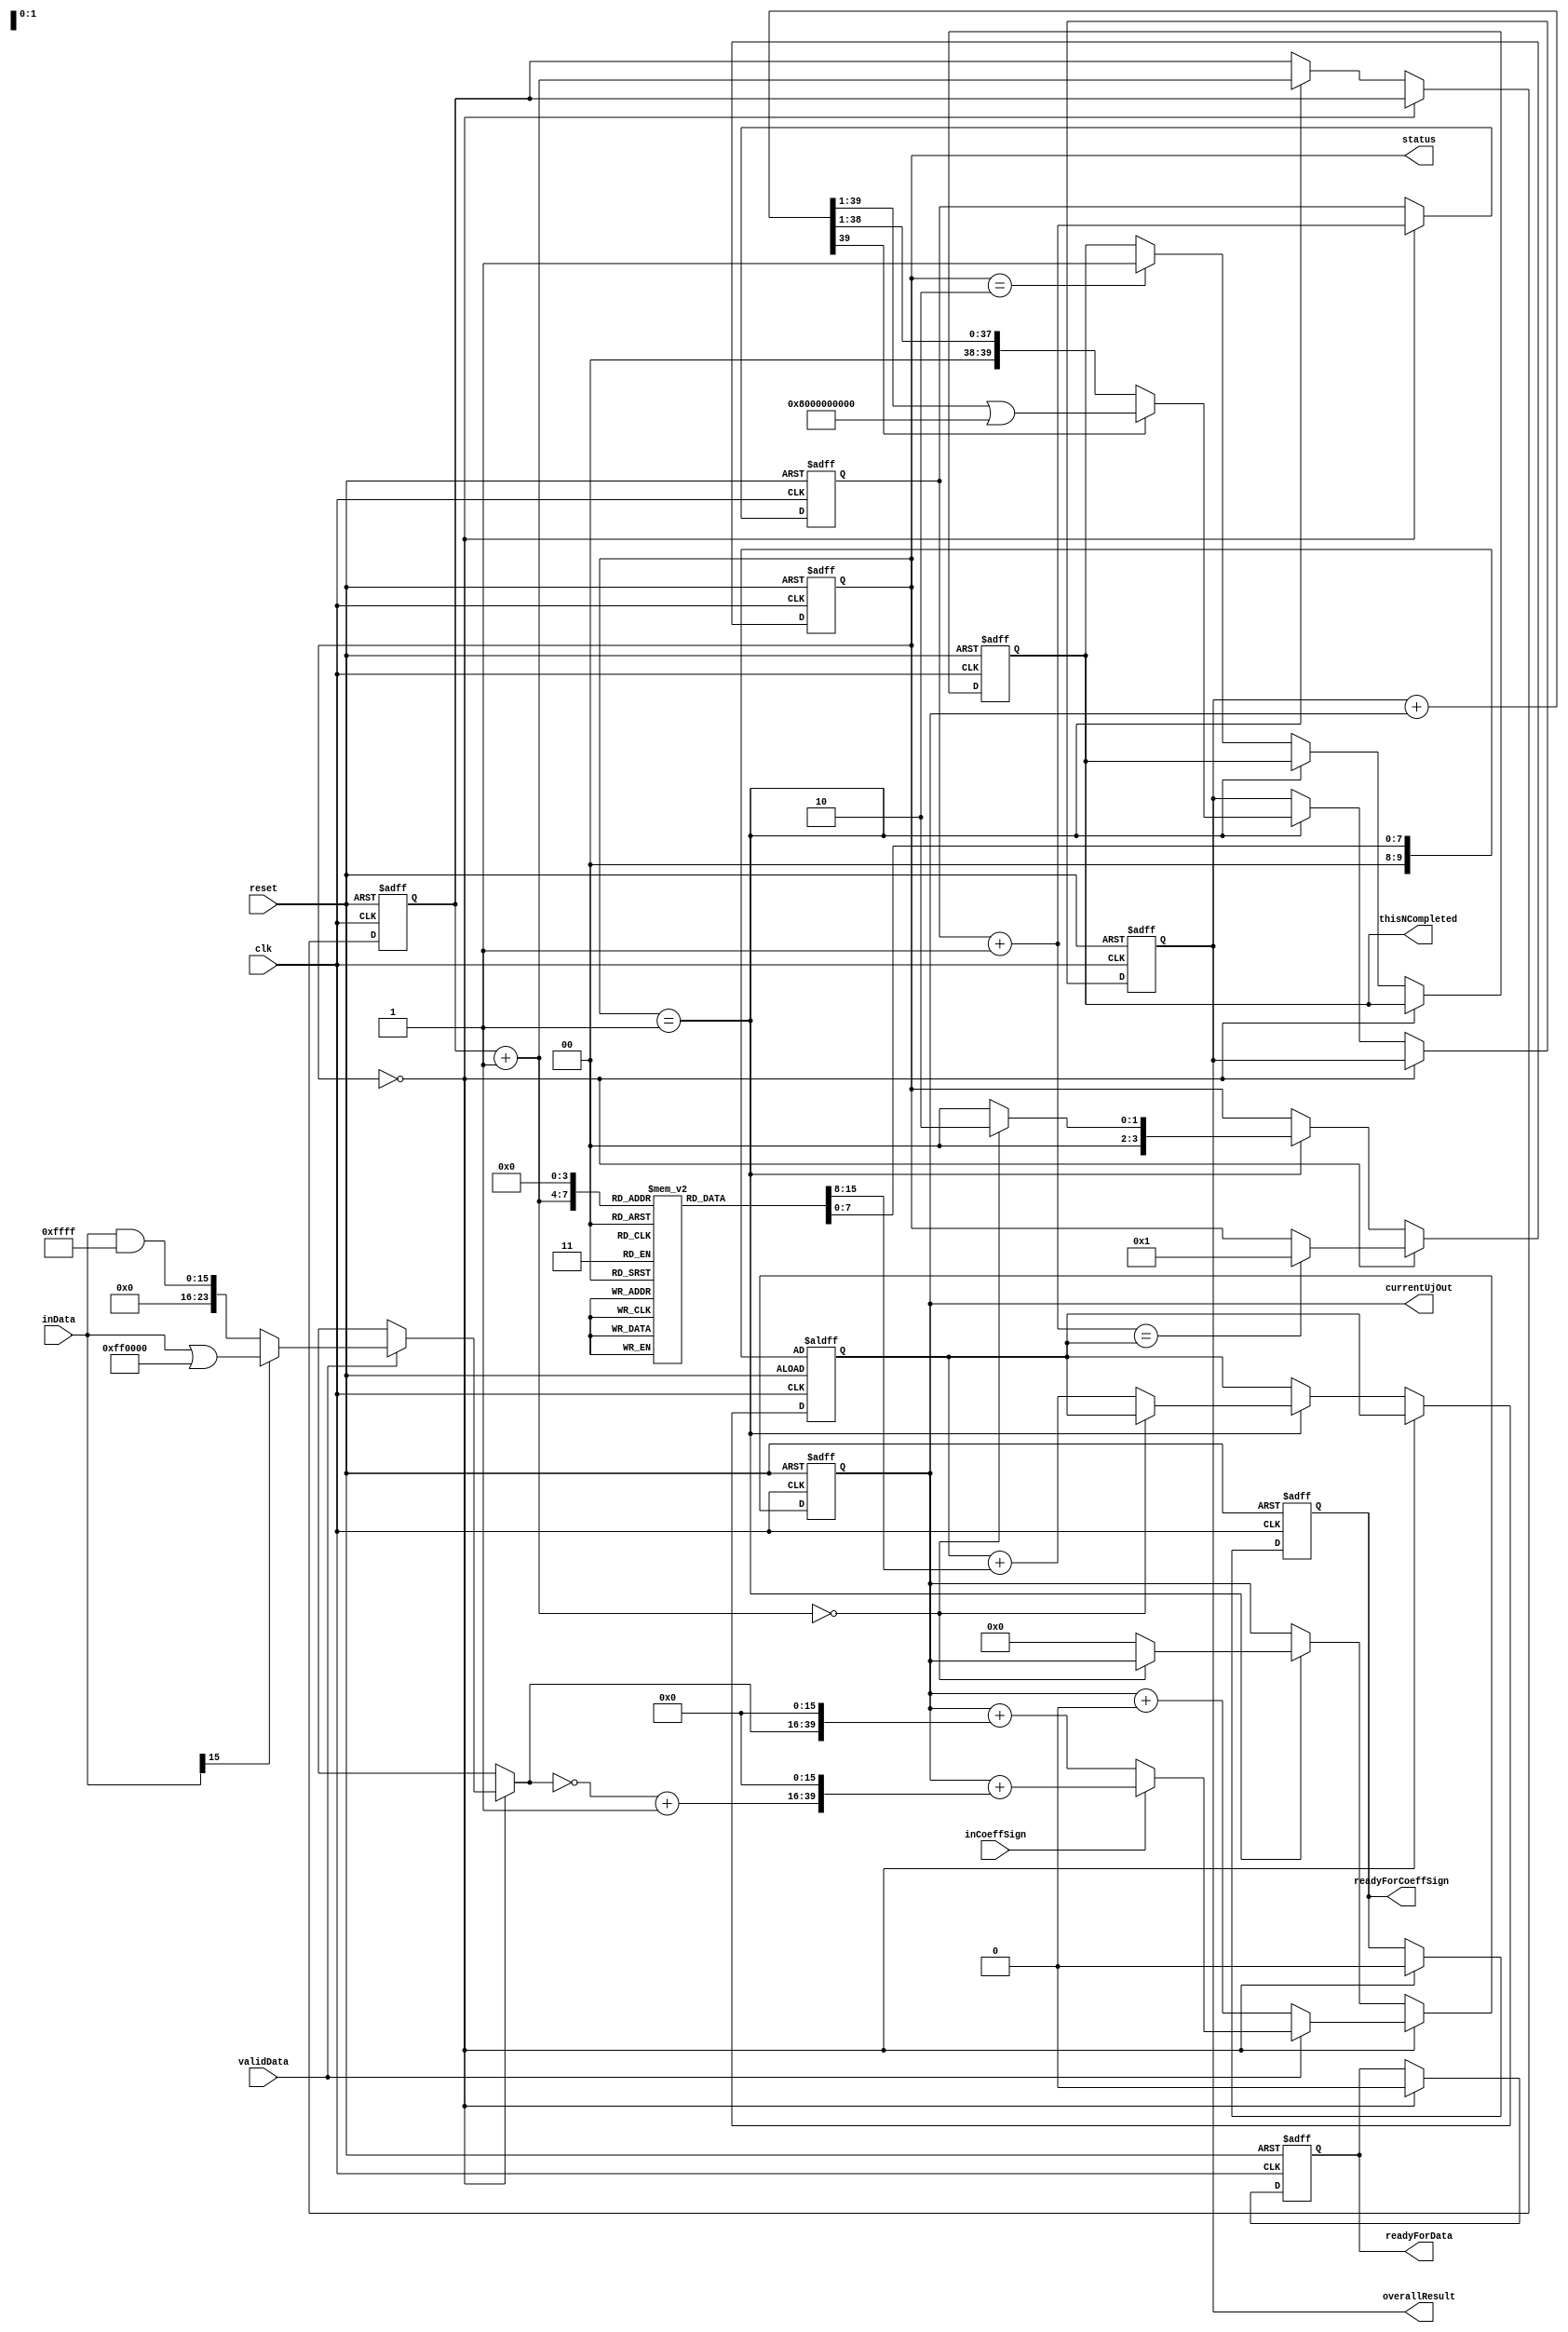
module MSDAP (clk,
	      reset,
              inData,
	      validData,
	      readyForData,
	      inCoeffSign,
	      readyForCoeffSign,
	      thisNCompleted,
              currentUjOut,
	      overallResult,
              status

	      );

	input wire reset;
	input wire clk;
	input wire [15:0] inData;
	input wire validData;
	output reg readyForData;
	input wire inCoeffSign;
	output reg readyForCoeffSign;
	output reg thisNCompleted;

	output reg [39:0] currentUjOut;
	output reg [39:0] overallResult;
	output reg [3:0] status;
	
	reg [9:0] endCoeffIndex;//In case of overflowing
  
	reg [39:0] processedData;
	reg [9:0] currentCoeffIndex;//In case of overflowing
	reg [3:0] currentRjIndex;
	
  reg RJ_SIZE = 4'd16;
	reg [7:0] rj [0:15];

	always@(posedge clk or posedge reset) begin//{
	  if(reset) begin//{
	    readyForData = 1'b0;
	    readyForCoeffSign = 1'b0;

	    thisNCompleted <= 0;
	    status <= 0;
	    currentCoeffIndex = 0;
	    currentRjIndex = 0;
	    endCoeffIndex = rj[0];//rj[] not in yet
	    //$display("endCoeffIndex is %h \\\\\\\\\\\\\\\\\\\\\\\\\\\\\\\\n", endCoeffIndex);
	    currentUjOut = 0;
	    overallResult = 0;
	  end//}end if reset
	  else begin//{
	    if(status==4'b0000) begin//{(calculateUj statge)
	      readyForData = 1'b1;
	      readyForCoeffSign = 1'b1;
	      #10; //1/4 CLK CYCLE
	      
	      if(!validData) begin//{
		currentUjOut = currentUjOut + 0;
	      end//}end if (!validData)
	      else begin//{validData == 1
		//$display("data input is %h.\\\\\\\\\\\\\\\\\\\\\\\\\\\\\\\\t", inData);
		//Bitextender24()
		if(inData[15]) begin//{inData[15] is sign bit of input data. Equal to 1 if negative
		    processedData = inData | 'hFF0000;
		end//}end if(inData[15])
		else begin//{
		    processedData = inData & 'h00FFFF;
		end//}end else begin (inData[15] chunk)
		//Extend to 40 bit and adjust with 2's complement()

		if(inCoeffSign == 1'b1) begin //{Coeffcient is negative
		  processedData = {((~processedData)+1), 16'h0000};
		  //$display("ProcessData is %h \\\\\\\\\\\\\\\\\\\\\\\\\\\\\\\\n",processedData);
		  currentUjOut = currentUjOut + processedData;
		end//}end inCoeffSign==1
		else begin//{
		  processedData = {processedData,16'h0000};
		  //$display("ProcessData is %h \\\\\\\\\\\\\\\\\\\\\\\\\\\\\\\\n",processedData);
		  currentUjOut = currentUjOut + processedData;
		end//}end else begin (inCoeffSign chunk)
		//$display("data input is %h.\\\\\\\\\\\\\\\\\\\\\\\\\\\\\\\\t CoeffSign is %h. \\\\\\\\\\\\\\\\\\\\\\\\\\\\\\\\t currentUjOut is %h \\\\\\\\\\\\\\\\\\\\\\\\\\\\\\\\n", inData, inCoeffSign, currentUjOut);
	      end//} end else begin (!validData chunk)

	      
	      //$display("Just finished with coefficient %d. \\\\\\\\\\\\\\\\\\\\\\\\\\\\\\\\n", currentCoeffIndex);
	      readyForCoeffSign = 1'b0;//pulse to ensure new data is in at next stage
	      readyForData = 1'b0;
	      #5;//1/8 CLK CYCLE
	      currentCoeffIndex = currentCoeffIndex + 1;
	      if(currentCoeffIndex == endCoeffIndex) begin//{
		status = 4'b0001;//Go to shifting stage
		
	      end//}end if currentCoeffIndex == endCoeffIndex

	      
	    end//}end if (status==0000)  (calculateUj stage)
	    
	    else if(status==4'b0001) begin//{shifting stage
	      overallResult = overallResult + currentUjOut;
	      //Rightshift1bit()
	      if(overallResult[39] == 1) begin//{overallResult is negative
		overallResult = overallResult >> 1 | 'h8000000000;//Pad 1 at MSB
	      end//} end overallResult[39]==1
	      else begin//{
		overallResult = overallResult >> 1;
	      end//}end else begin (overallResult[39]==1 chunk)
	      
	      currentRjIndex = currentRjIndex + 1;
	      //$display("u_%d after shifting and adding with previous terms is %h \\\\\\\\\\\\\\\\\\\\\\\\\\\\\\\\n", currentRjIndex,overallResult);
	      //Determine which stage to go
	      if(currentRjIndex == RJ_SIZE) begin//{all result calculated, prepare output
		
		status = 4'b0010;
	      end//}end currentRjIndex == RJ_SIZE
	      else begin//{Haven't gone thorugh all stages
		endCoeffIndex = endCoeffIndex + rj[currentRjIndex];//Update endCoeffIndex
		currentUjOut = 0;//Set back to 0
		status = 4'b0000;
	      end//}end else begin(currentRjIndex==RJ_SIZE chunk)
	      
	    end//}end else if (status==0001) (shifting stage)
	    else if(status==4'b0010) begin//{
	      //$display("Output is now ready. overallResult is %h \\\\\\\\\\\\\\\\\\\\\\\\\\\\\\\\n", overallResult);
	      thisNCompleted = 1'b1;
	      #10;//1/4 CLK CYCLE
	    end//} end else if (status==0010)

	   end//}end else begin(reset chunk)

	end//}End always loop
	initial begin
	 
	    rj[0] = 8'h0020;      // r1
	    rj[1] = 8'h0020;      // r2
	    rj[2] = 8'h0020;      // r3
	    rj[3] = 8'h0020;      // r4
	    rj[4] = 8'h0020;      // r5
	    rj[5] = 8'h0020;      // r6
	    rj[6] = 8'h0020;      // r7
	    rj[7] = 8'h0020;      // r8
	    rj[8] = 8'h0020;      // r9
	    rj[9] = 8'h0020;      // r10
	    rj[10] = 8'h0020;      // r11
	    rj[11] = 8'h0020;      // r12
	    rj[12] = 8'h0020;      // r13
	    rj[13] = 8'h0020;      // r14
	    rj[14] = 8'h0020;      // r15
	    rj[15] = 8'h0020;      // r16
	
	end
endmodule